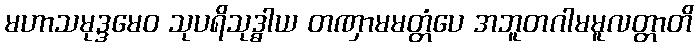
မဟာသမုဒ္ဒမေဝ သုပရိသုဒ္ဓါယ တဏှာမမတ္တံပေ အဘူတဂါမမူလတ္တာတိ